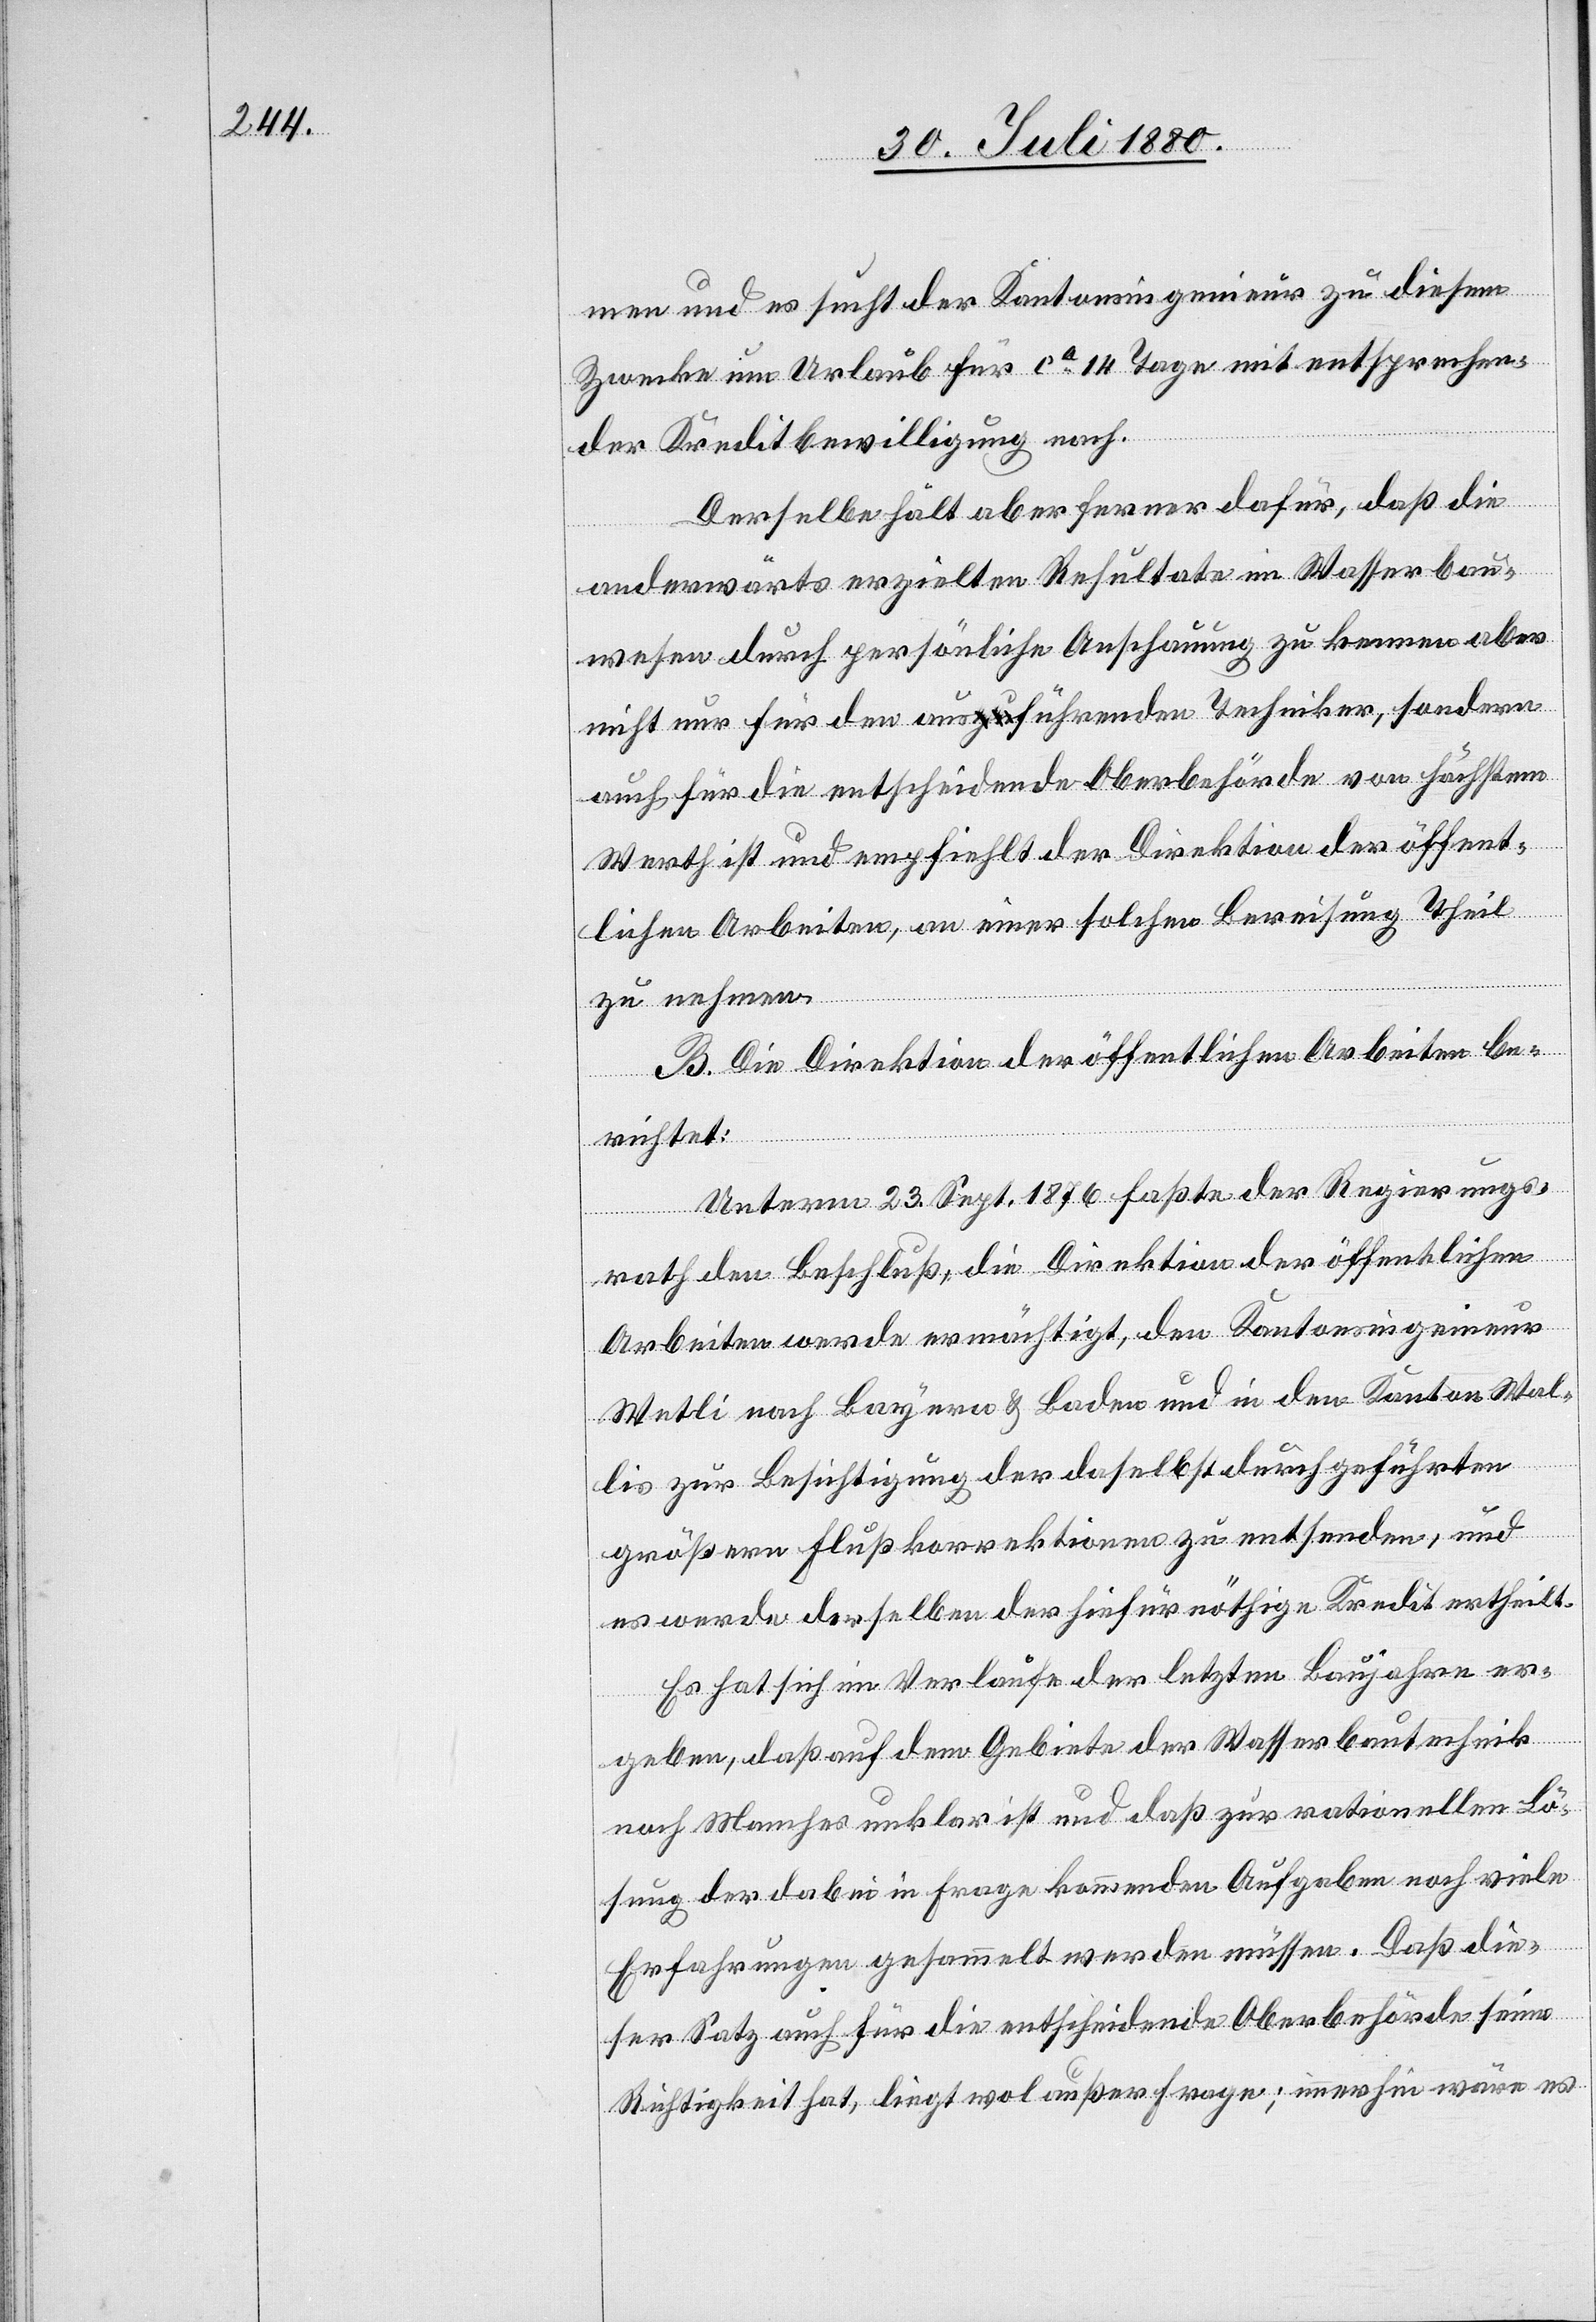
men und es sucht der Kantonsingenieur zu diesem
Zwecke um Urlaub für ca 14 Tage mit entsprechen¬
der Kreditbewilligung nach.
Derselbe hält aber ferner dafür, daß die
anderwärts erzielten Resultate im Wasserbau¬
wesen durch persönliche Anschauung zu kennen aber
nicht nur für den ausführenden Techniker, sondern
auch für die entscheidende Oberbehörde von höchstem
Werth ist und empfiehlt der Direktion der öffent¬
lichen Arbeiten, an einer solchen Bereisung Theil
zu nehmen.
B. Die Direktion der öffentlichen Arbeiten be¬
richtet:
Unterm 23. Sept. 1876 faßte der Regierungs¬
rath den Beschluß, die Direktion der öffentlichen
Arbeiten werde ermächtigt, den Kantonsingenieur
Wetli nach Bayern & Baden und in den Kanton Wal¬
lis zur Besichtigung der daselbst durchgeführten
größeren Flußkorrektionen zu entsenden, und
es werde derselben der hiefür nöthige Kredit ertheilt.
Es hat sich im Verlaufe der letzten Baujahre er¬
geben, daß auf dem Gebiete der Wasserbautechnik
noch Manches unklar ist und daß zur rationellen Lö¬
sung der dabei in Frage kommenden Aufgaben noch viele
Erfahrungen gesammelt werden müssen. Daß die¬
ser Satz auch für die entscheidende Oberbehörde seine
Richtigkeit hat, liegt wol außer Frage; immerhin wäre es